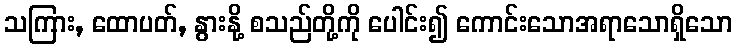
သကြား, ထောပတ်, နွားနို့ စသည်တို့ကို ပေါင်း၍ ကောင်းသောအရာသောရှိသော